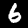
Digit: 6